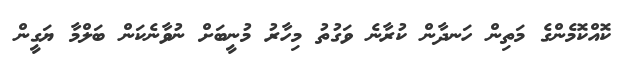
ކޮއްކޮމެންގެ މަތިން ހަނދާން ކުރާނެ ވަގުތު މިހާރު މުނީބަށް ނުވާނެކަން ބަލްމާ ޔަގީން